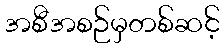
အစီအစဉ်မှတစ်ဆင့်